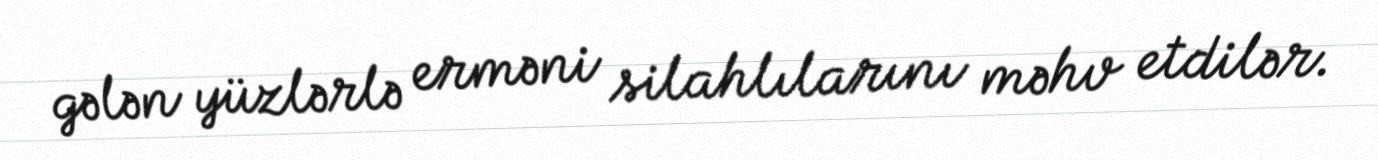
gələn yüzlərlə erməni silahlılarını məhv etdilər.